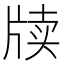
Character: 牍